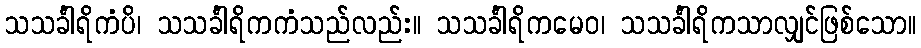
သသင်္ခါရိကံပိ၊ သသင်္ခါရိကကံသည်လည်း။ သသင်္ခါရိကမေဝ၊ သသင်္ခါရိကသာလျှင်ဖြစ်သော။